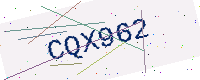
Text: CQX962